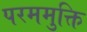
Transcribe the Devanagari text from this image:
परममुक्ति